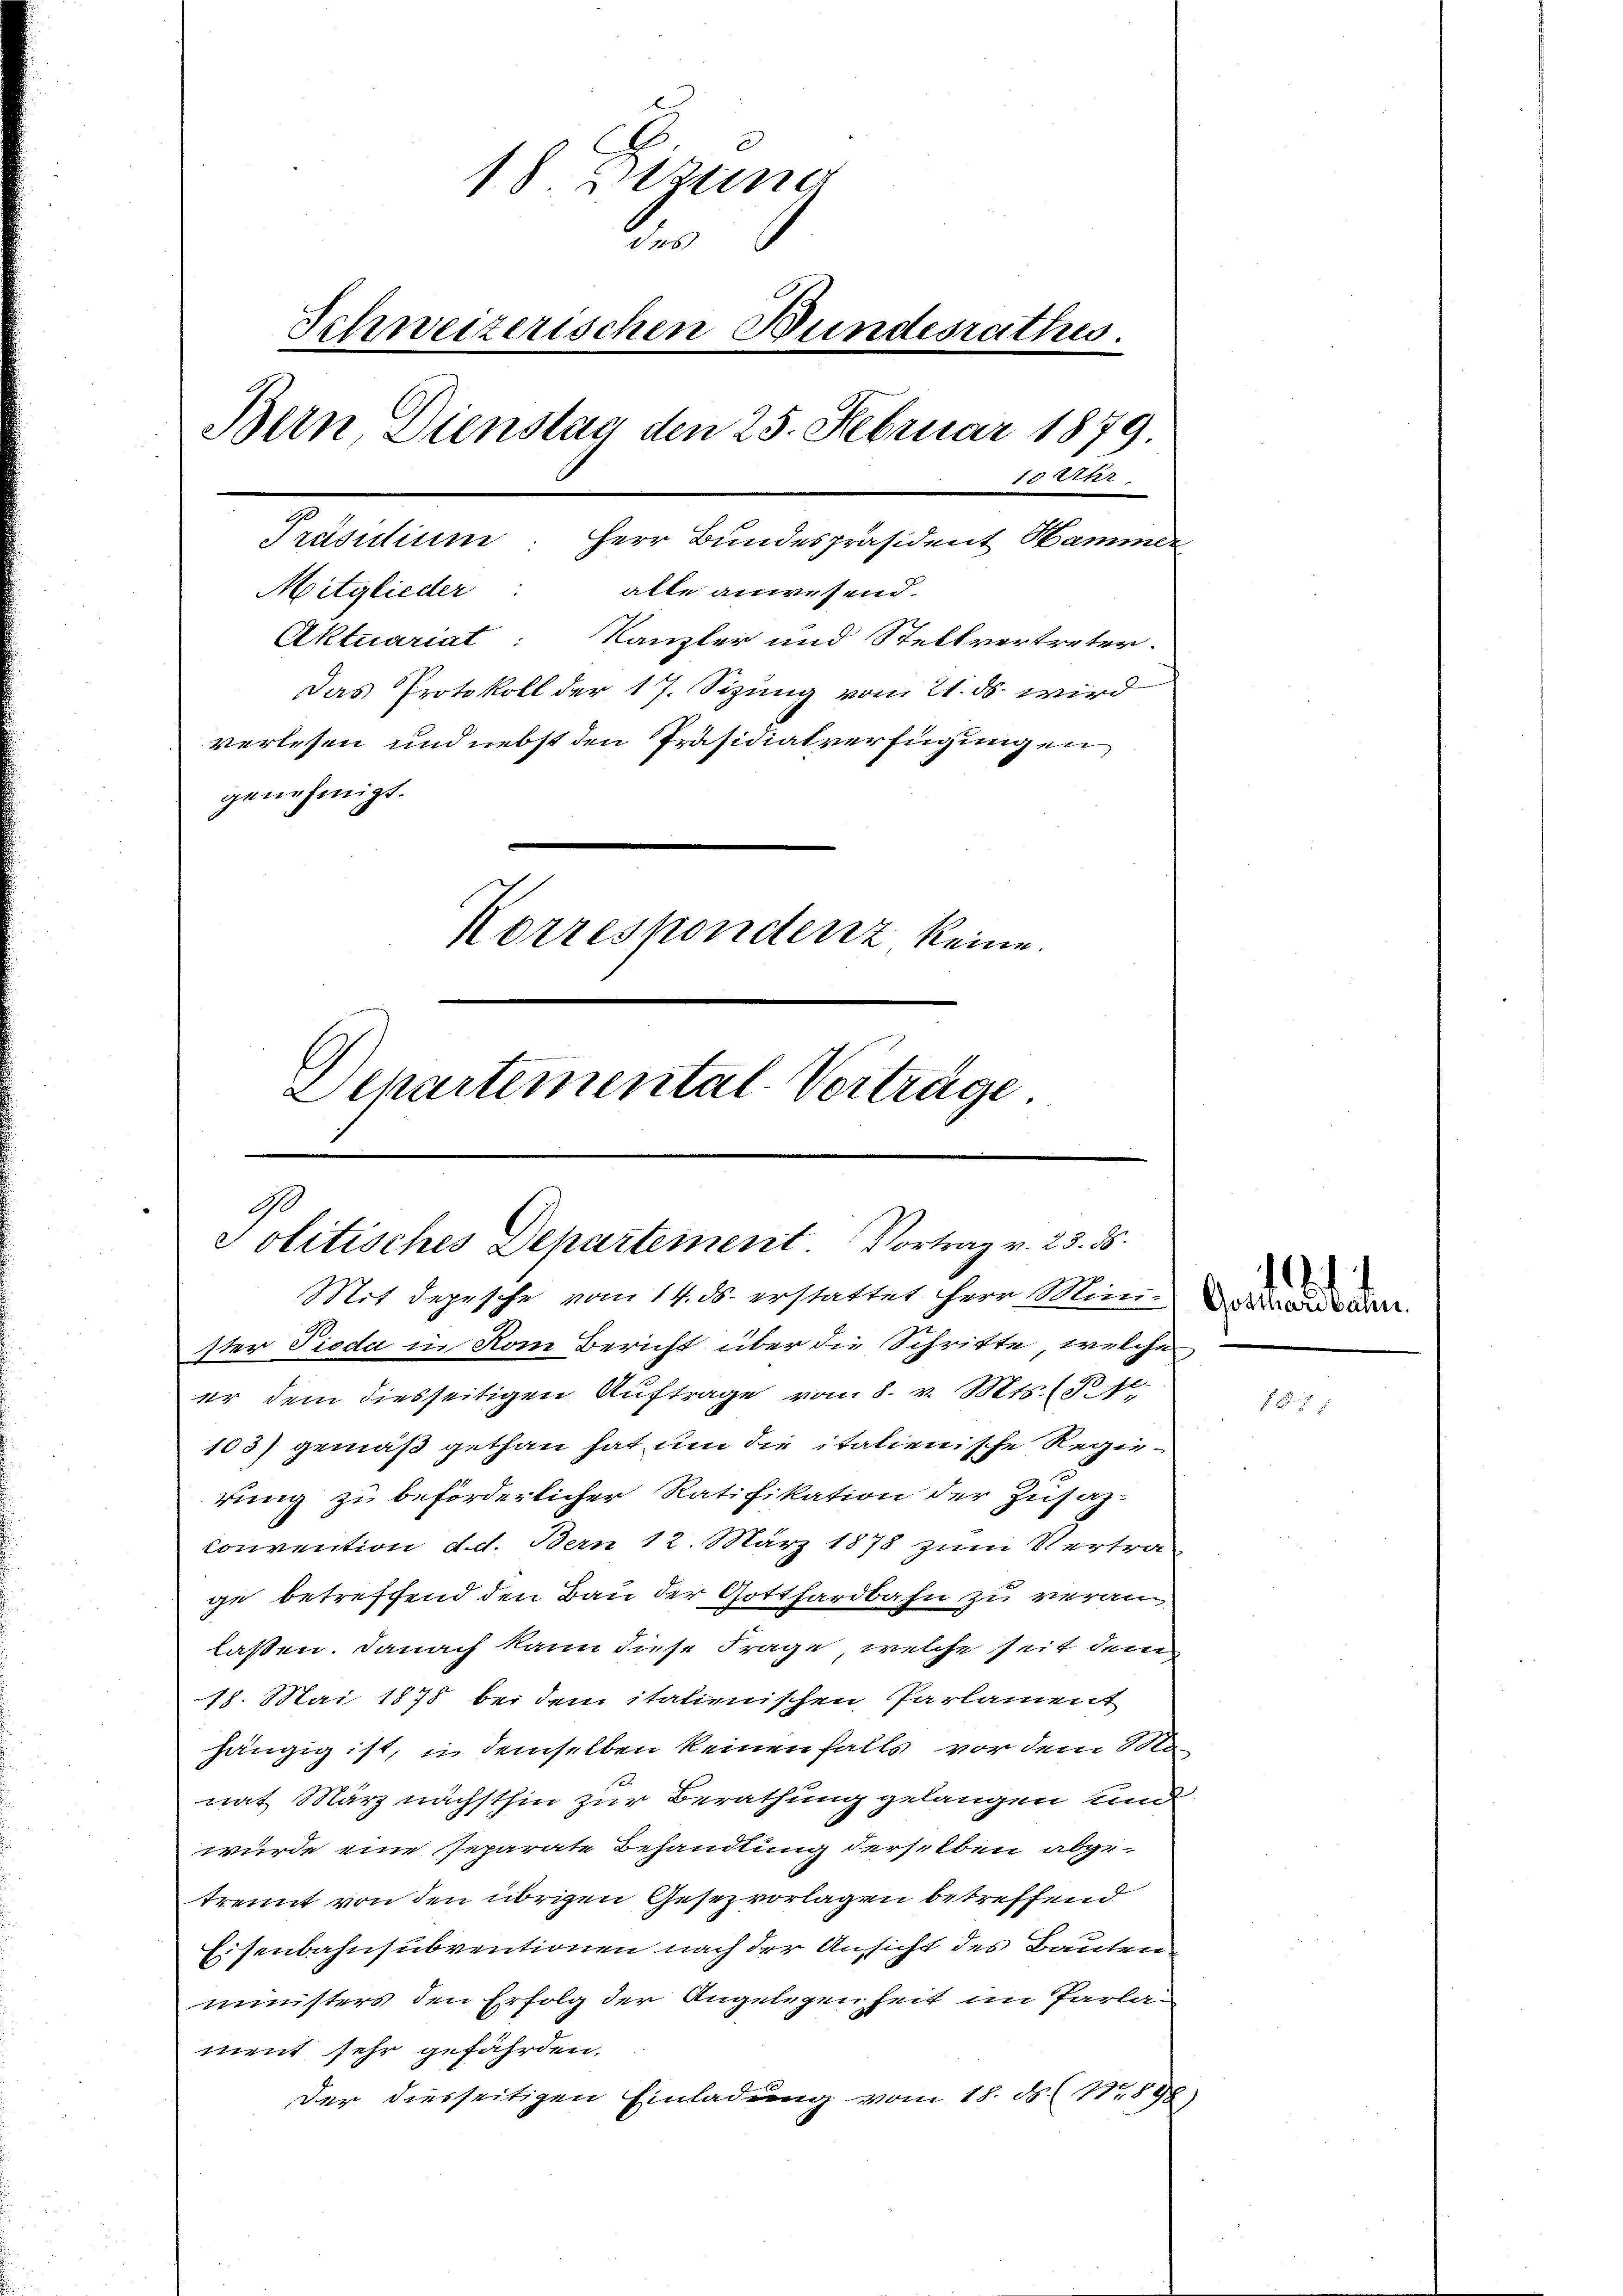
18 Zizung
b
Schweizerischen Bundesrathes
Bern, Dienstag den 25. Februar 1879.
10 Uhr
Präsidium: Herr Bundespräsident Hammer
alle anwesend.
Aktuariat: Kanzler und Stellvertreter.
Das Protokoll der 17. Sizung vom 21. ds. wird
verlesen und nebst den Präsidialverfügungen
genehmigt.
Korrespondenz keine.
Departemental-Verträge.

Mitglieder:

Politisches Departement Vortrag v. 23. ds.
Mit Depesche vom 14. ds. erstattet Herr Mini¬

ster Pioda in Kom Bericht über die Schritte, welche
er dem diesseitigen Auftrage vom 8. v. Mts. (§ 10
103) gemäß gethan hat um die italienische Regierung zu beförderlicher Ratifikation der Zusatz-
Convention d. d. Bern 12. März 1878 zum Vertra
ge betreffend den Bau der Gotthardbahn zu veranlassen. Danach kann diese Frage, welche seit dem
18. Mai 1878 bei dem italienischen Parlament
hängig ist, in demselben keinen falls vor dem Ma-
nat März nächsthin zur Berathung gelangen und
würde eine Reparate Behandlung derselben abge-
trennt von den übrigen Gesezvorlagen betreffend
Eisenbahnsubventionen nach der Ansicht des Bauten
ministers den Erfolg der Angelegenheit im Parlament sehr gefährden.
Der diesseitigen Einladung vom 18. ds. (Nr. 898)

Anitatie